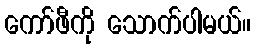
ကော်ဖီကို သောက်ပါမယ်။